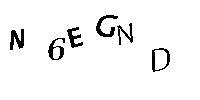
N6EGND